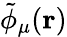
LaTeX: \tilde{\phi}_{\mu}(\mathbf{r})